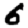
Digit: 6